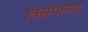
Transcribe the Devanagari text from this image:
विसर्गाच्या